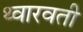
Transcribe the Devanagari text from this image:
थ्वारवती